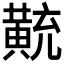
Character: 𪎽